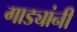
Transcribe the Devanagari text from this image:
गाड्यांनी